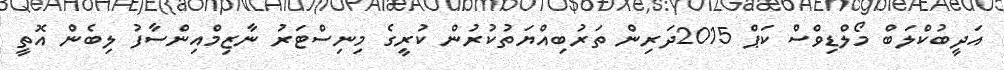
އަދީބުކްލަބް މޯލްޑިވްސް ކަޕް 2015ދަރިން ތަރުބިއްޔަތުކުރުން ކުރީގެ މިނިސްޓަރު ނާޒިމްއިންސާފު ލިބެން އޮތީ